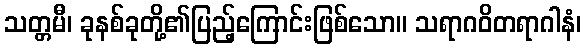
သတ္တမီ၊ ခုနစ်ခုတို့၏ပြည့်ကြောင်းဖြစ်သော။ သရာဂဝိတရာဂါနံ၊